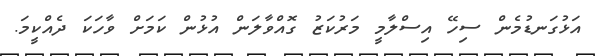
އަޅުގަނޑުމެން ސިހޭ އިސްލާމީ މަރުކަޒު ގޮއްވާލަން އުޅުން ކަމަށް ވާހަކަ ދެއްކީމަ.